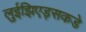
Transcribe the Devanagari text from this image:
लुईझिएड्सकडे